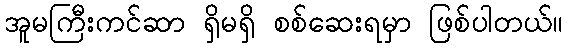
အူမကြီးကင်ဆာ ရှိမရှိ စစ်ဆေးရမှာ ဖြစ်ပါတယ်။